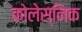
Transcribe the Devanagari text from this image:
कोलेस्निक